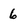
Character: 6